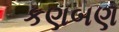
કણબણ